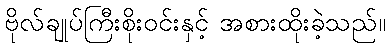
ဗိုလ်ချုပ်ကြီးစိုးဝင်းနှင့် အစားထိုးခဲ့သည်။